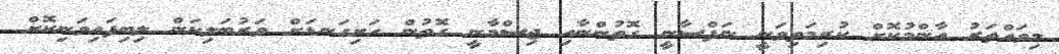
މިވައްތަރު އާންމުކޮށް ކުރިމަތިވަނީ ނަފްސާނީ ގޮތުންނާއި ޖިސްމާނީ ގޮތުން ހަށިގަނޑަށް ވަރުބަލިކަން ލިބިފައިވަނިކޮށް